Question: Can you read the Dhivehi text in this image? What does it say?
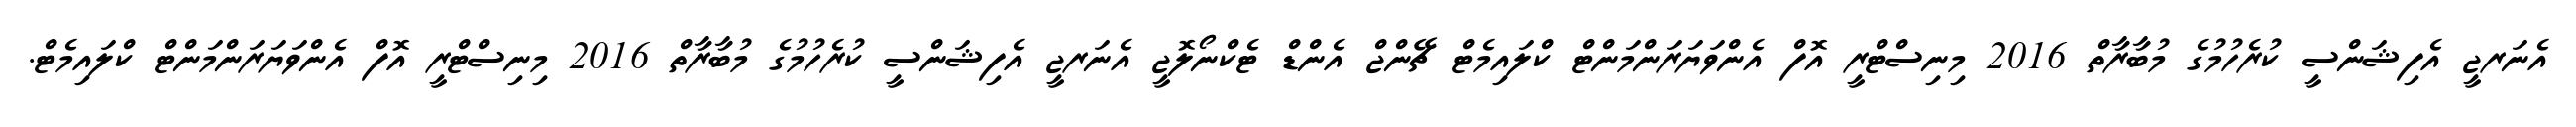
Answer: އެނަރޖީ އެފިޝަންސީ ކުރެހުމުގެ މުބާރާތް 2016 މިނިސްޓްރީ އޮފް އެންވަޔަރަންމަންޓް ކްލައިމެޓް ޗޭންޖް އެންޑް ޓެކްނޯލޮޖީ އެނަރޖީ އެފިޝަންސީ ކުރެހުމުގެ މުބާރާތް 2016 މިނިސްޓްރީ އޮފް އެންވަޔަރަންމަންޓް ކްލައިމެޓް.